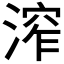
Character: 𣹧